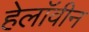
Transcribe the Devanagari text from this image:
हेलाॅवीन